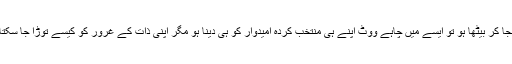
کپتان جب خود وزیر اعظم کا خواب اپنی آنکھوں میں سجا کر بیٹھا ہو تو ایسے میں چاہے ووٹ اپنے ہی منتخب کردہ امیدوار کو ہی دینا ہو مگر اپنی ذات کے غرور کو کیسے توڑا جا سکتا ہے جب کہ اس امیدوار بیچارے کی ہار بھی یقینی ہو۔